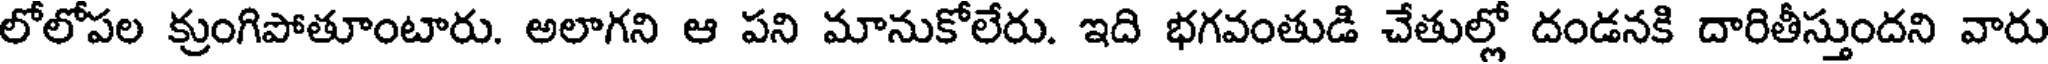
లోలోపల క్రుంగిపోతూంటారు. అలాగని ఆ పని మానుకోలేరు. ఇది భగవంతుడి చేతుల్లో దండనకి దారితీస్తుందని వారు